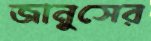
জানুসের